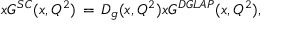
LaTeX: x G ^ { S C } ( x , Q ^ { 2 } ) \, = \, D _ { g } ( x , Q ^ { 2 } ) x G ^ { D G L A P } ( x , Q ^ { 2 } ) ,